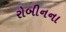
રોબીનના